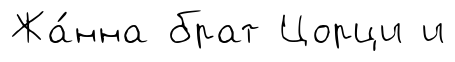
Жа́нна брат Цорци и